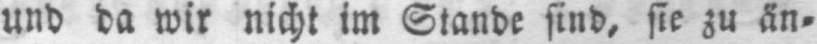
und da wir nicht im Stande sind, sie zu än⸗